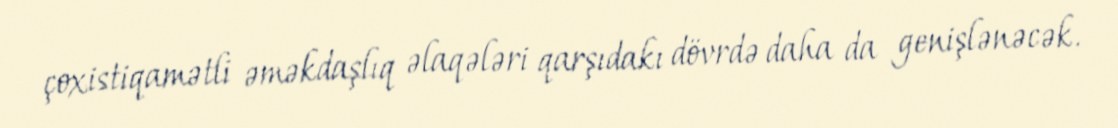
çoxistiqamətli əməkdaşlıq əlaqələri qarşıdakı dövrdə daha da genişlənəcək.